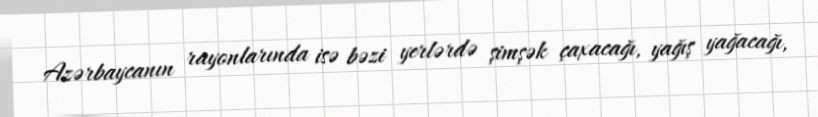
Azərbaycanın rayonlarında isə bəzi yerlərdə şimşək çaxacağı, yağış yağacağı,